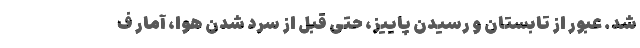
شد. عبور از تابستان و رسیدن پاییز، حتی قبل از سرد شدن هوا، آمار ف